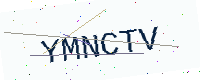
Text: YMNCTV